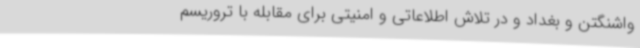
واشنگتن و بغداد و در تلاش اطلاعاتی و امنیتی برای مقابله با تروریسم